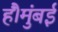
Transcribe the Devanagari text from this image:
हैं।मुंबई